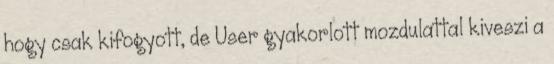
hogy csak kifogyott, de User gyakorlott mozdulattal kiveszi a